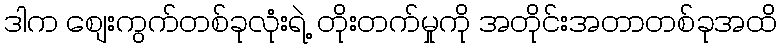
ဒါက စျေးကွက်တစ်ခုလုံးရဲ့ တိုးတက်မှုကို အတိုင်းအတာတစ်ခုအထိ